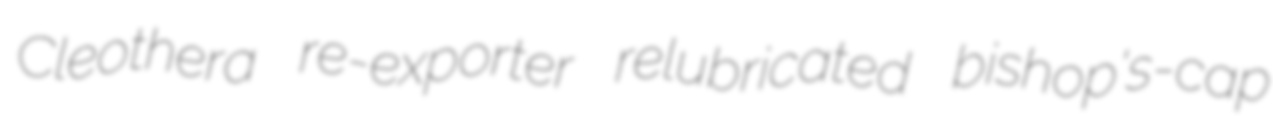
Cleothera re-exporter relubricated bishop's-cap